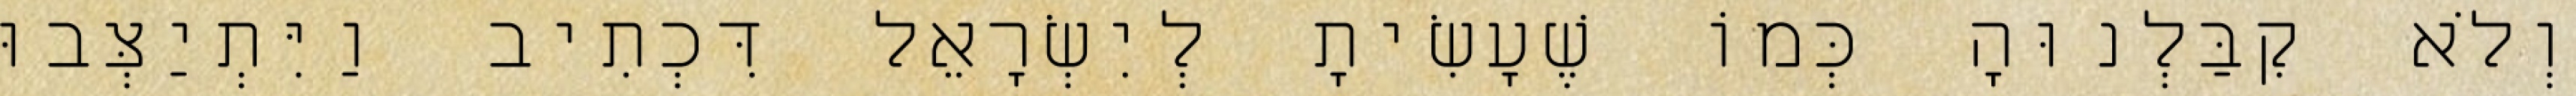
וְלֹא קִבַּלְנוּהָ כְּמוֹ שֶׁעָשִׂיתָ לְיִשְׂרָאֵל דִּכְתִיב וַיִּתְיַצְּבוּ